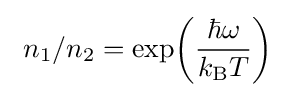
~n_{1}/n_{2}=\exp \!\left({\frac {\hbar \omega }{k_{\rm {B}}T}}\right)